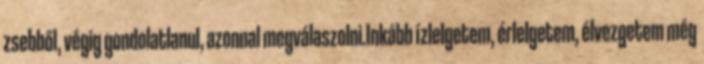
zsebből, végig gondolatlanul, azonnal megválaszolni.Inkább ízlelgetem, érlelgetem, élvezgetem még